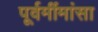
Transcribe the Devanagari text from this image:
पूर्वमींमांसा